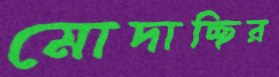
মোদাচ্ছির